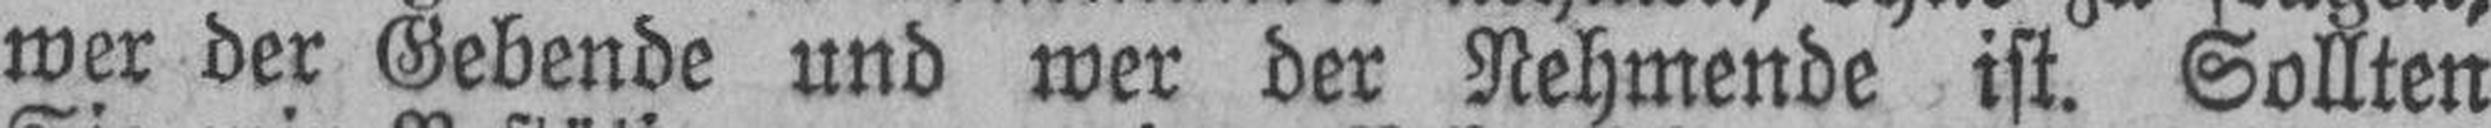
wer der Gebende und wer der Nehmende ist. Sollten